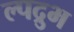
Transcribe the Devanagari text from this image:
ल्पद्रुभ